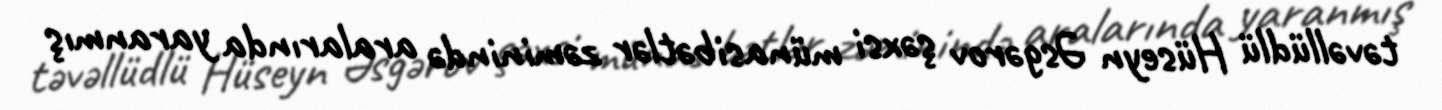
təvəllüdlü Hüseyn Əsgərov şəxsi münasibətlər zəminində aralarında yaranmış